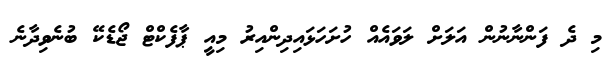
މި ދެ ފަންނާނުން އަލަށް ލަވައެއް ހުށަހަޅައިދިންއިރު މިއީ ޕާފެކްޓް ޖޯޑެކޭ ބުނެވިދާނެ